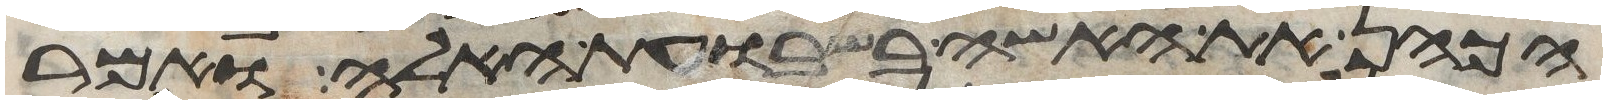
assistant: הכהן את האשה בשבועת האלה ואמר